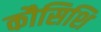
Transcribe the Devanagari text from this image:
कौसिशि